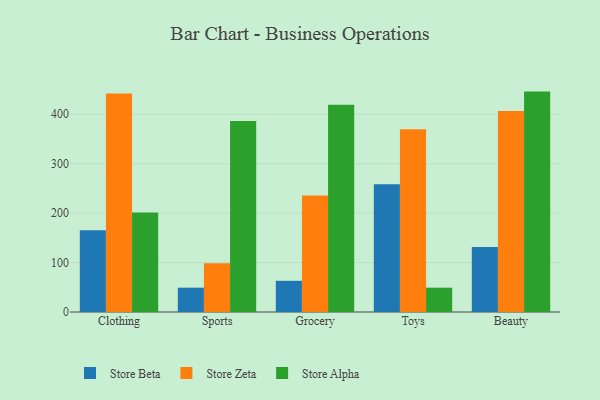
{"axis": {"x": "Category", "y": "Market Share (%)"}, "legend": ["Store Alpha", "Store Beta", "Store Zeta"], "data": [{"x": "Clothing", "y": 165.4, "type": "Store Beta"}, {"x": "Clothing", "y": 441.9, "type": "Store Zeta"}, {"x": "Clothing", "y": 201.1, "type": "Store Alpha"}, {"x": "Sports", "y": 49.2, "type": "Store Beta"}, {"x": "Sports", "y": 98.5, "type": "Store Zeta"}, {"x": "Sports", "y": 386.0, "type": "Store Alpha"}, {"x": "Grocery", "y": 63.1, "type": "Store Beta"}, {"x": "Grocery", "y": 235.4, "type": "Store Zeta"}, {"x": "Grocery", "y": 419.3, "type": "Store Alpha"}, {"x": "Toys", "y": 258.5, "type": "Store Beta"}, {"x": "Toys", "y": 369.6, "type": "Store Zeta"}, {"x": "Toys", "y": 49.2, "type": "Store Alpha"}, {"x": "Beauty", "y": 131.5, "type": "Store Beta"}, {"x": "Beauty", "y": 406.7, "type": "Store Zeta"}, {"x": "Beauty", "y": 445.7, "type": "Store Alpha"}]}